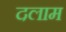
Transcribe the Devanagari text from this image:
दलाम